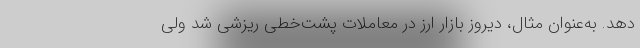
دهد. به‌عنوان مثال، دیروز بازار ارز در معاملات پشت‌خطی ریزشی شد ولی